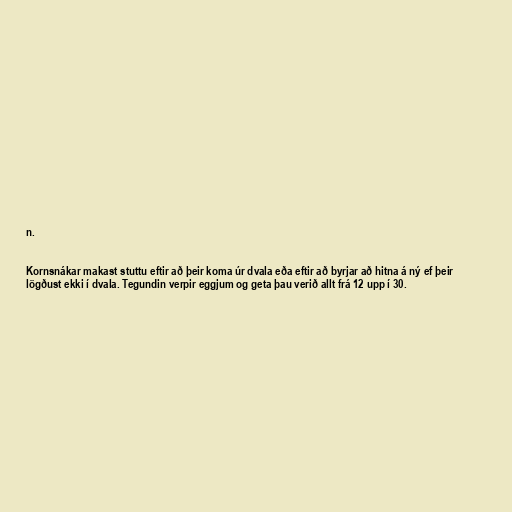
n.

Kornsnákar makast stuttu eftir að þeir koma úr dvala eða eftir að byrjar að hitna á ný ef þeir
lögðust ekki í dvala. Tegundin verpir eggjum og geta þau verið allt frá 12 upp í 30.